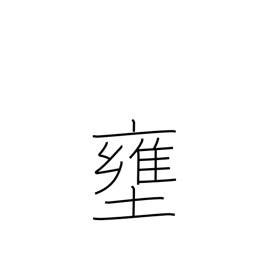
Meaning: shut up